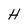
Character: H